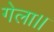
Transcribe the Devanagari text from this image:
गेला।।